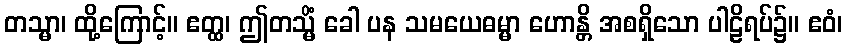
တသ္မာ၊ ထို့ကြောင့်။ ဧတ္ထ၊ ဤတသ္မိံ ခေါ ပန သမယေဓမ္မာ ဟောန္တိ အစရှိသော ပါဠိရပ်၌။ ဧဝံ၊